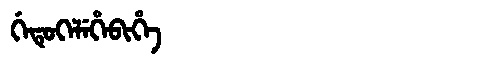
Manchu: ᡤᡝᡨᡠᡴᡝᠯᡝᡥᡝᠪᡳᡥᡝ
Romanization: GETUKELEHEBIHE